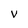
Character: V